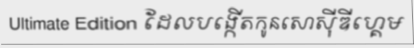
Ultimate Edition ដែលបង្កើតកូនសោស៊ីឌីហ្គេម